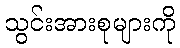
သွင်းအားစုများကို